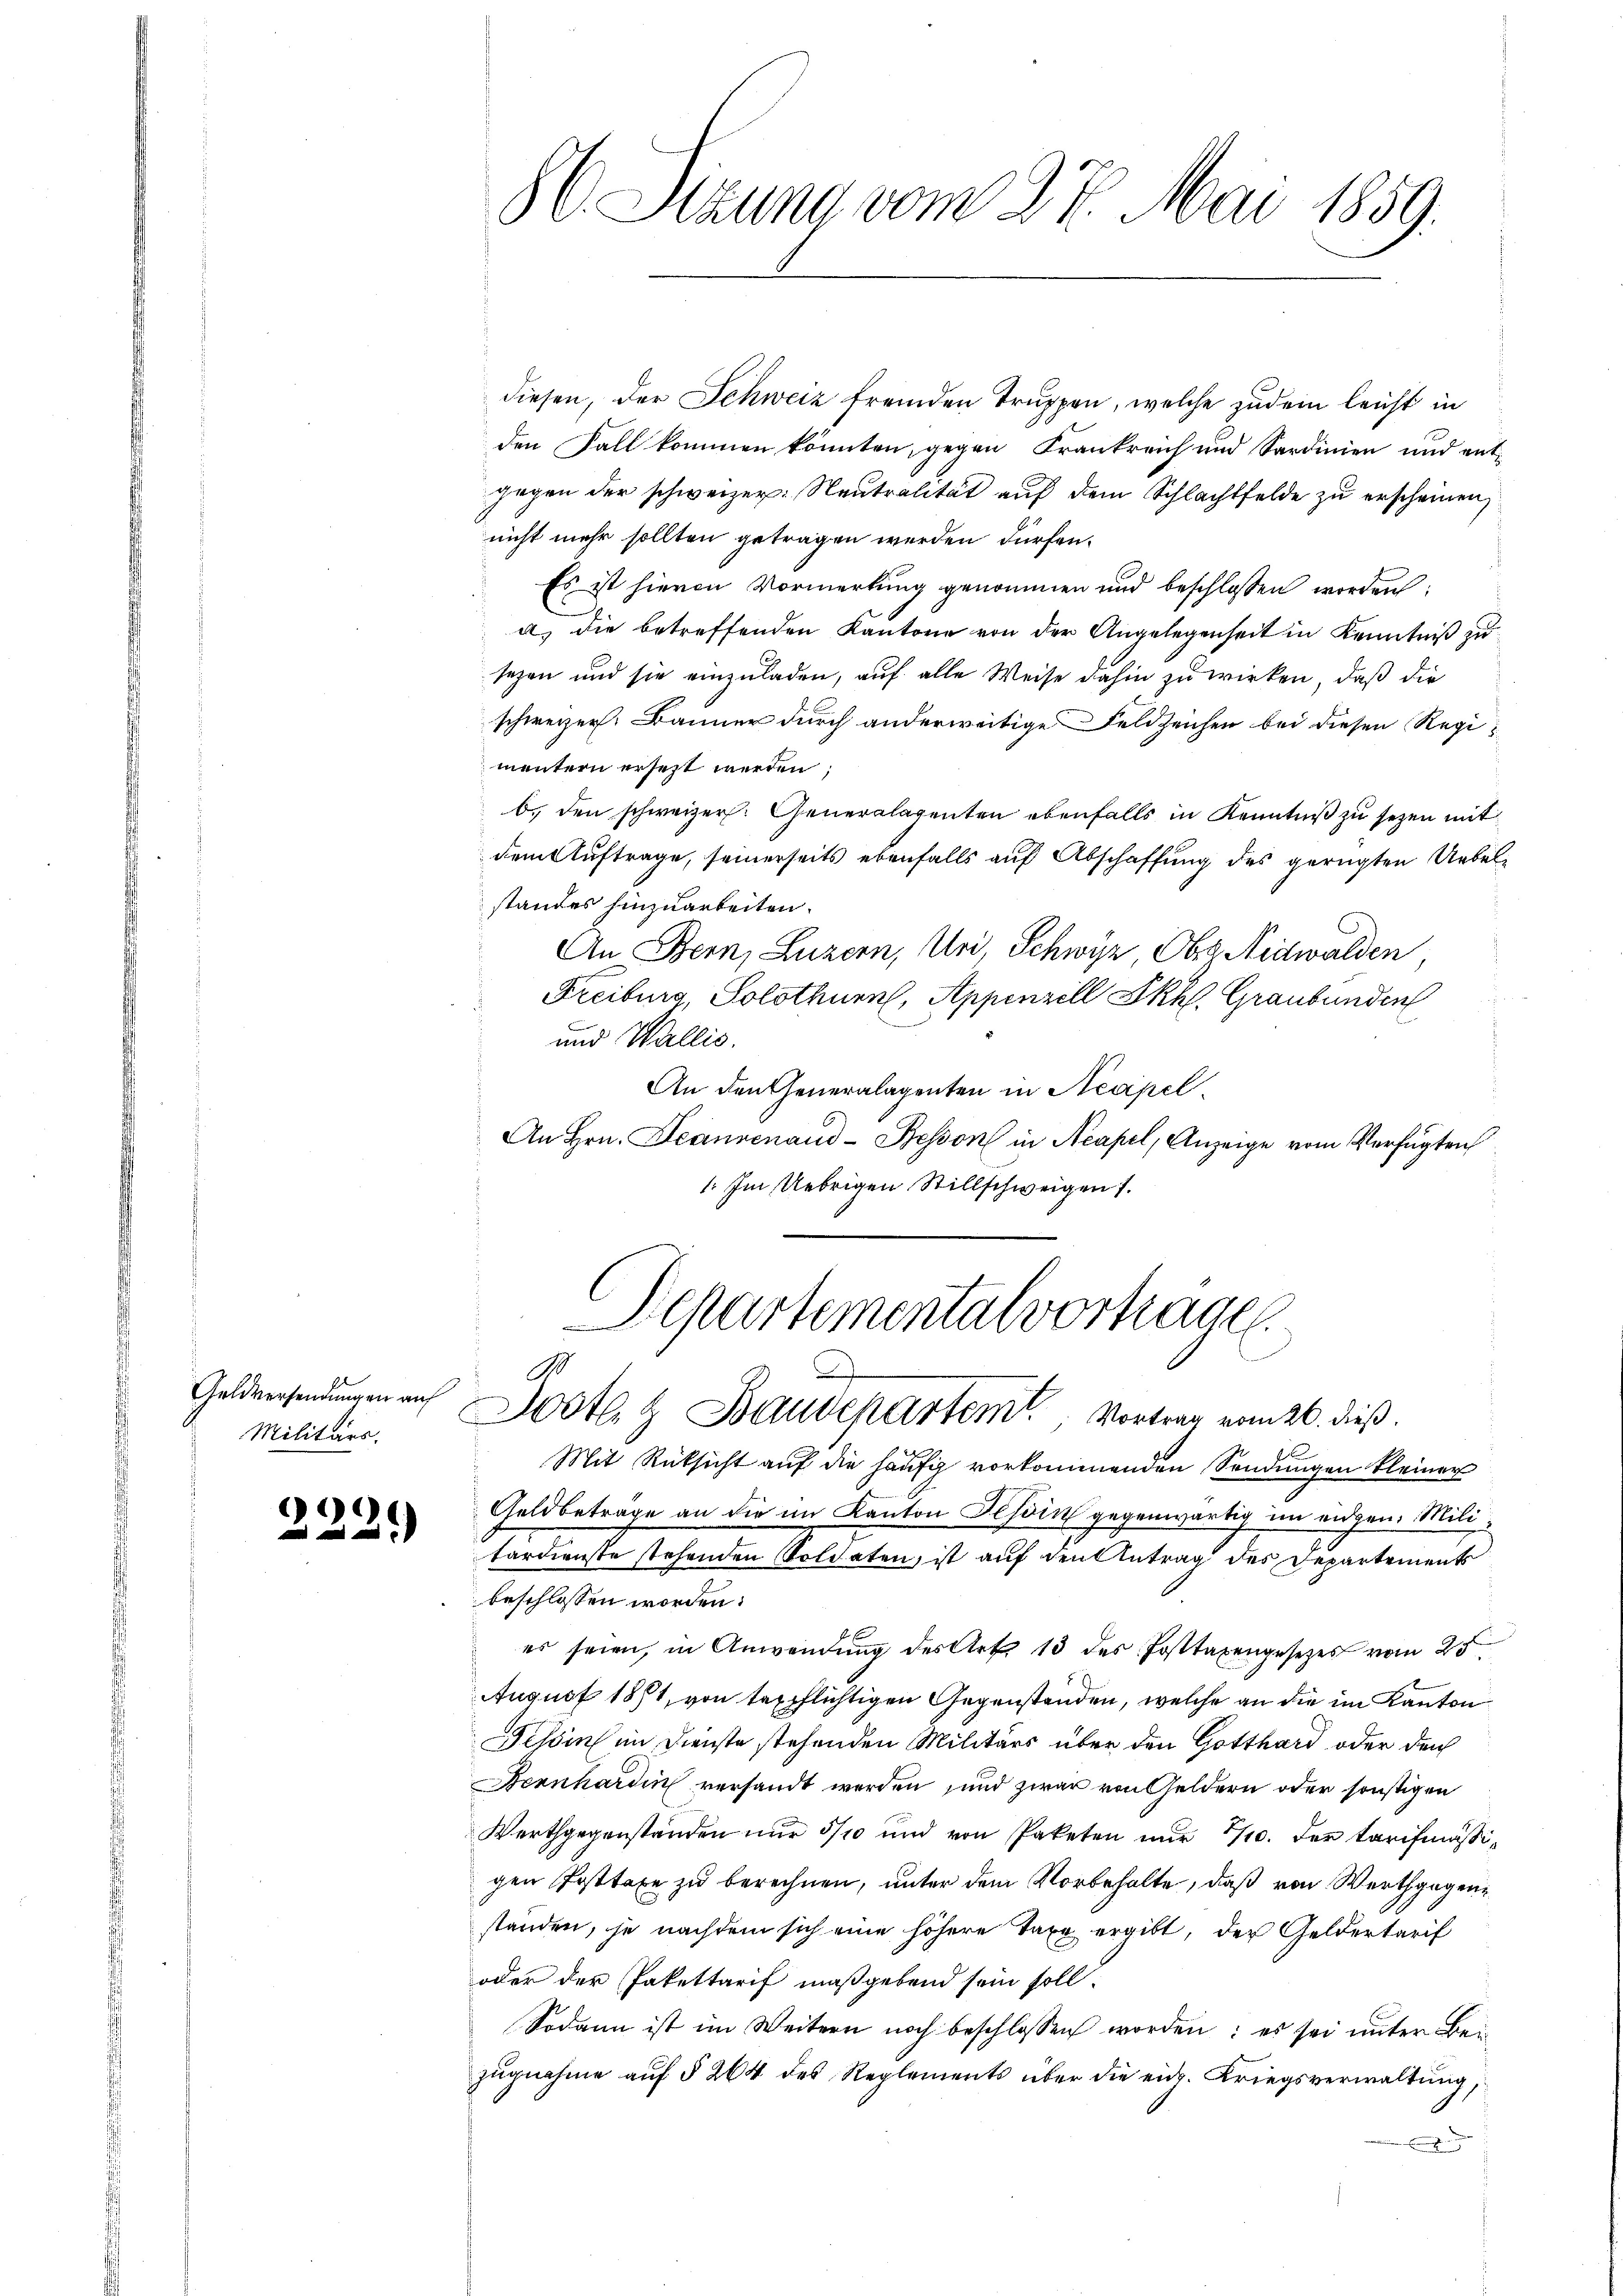
Geldversendungen auf
Militärs.

.

6
d

86 Sezuna vom 27. Mai 1859.

diesen, der Schweiz fremden Truppen, welche zudem leicht in
den Fall kommen könnten, gegen Frankreich und Sardinien und entgegen der schweizer: Neutralität auf dem Schlachtfelde zu erscheinen,
nicht mehr sollten getragen werden dürfen.
Es ist hievon Vormerkung genommen und beschlossen worden:
53
a) die betreffenden Kantone von der Angelegenheit in Kenntniß zu
sezen und sie einzuladen, auf alle Weise dahin zu wirken, daß die
schweizer. Banner durch anderweitige Feldzeichen bei diesen Regimentern ersezt werden;
b. den schweizer. Generalagenten ebenfalls in Kenntniß zu sezen mit
dem Auftrage, seinerseits ebenfalls auf Abschaffung des gerügten Uebelstandes hinzuarbeiten.
An Bern, Luzern, Uri Schwyz, Ober Nidwalden
Freiburg, Solothurn, Appenzell Skh. Graubünden
und Wallis.
An den Generalagenten in Neapel
An Hrn. Jeannenaud-Besson in Neapel, Anzeige vom Verfügten
1. Im Uebrigen Stillschweigen 1.
Departemental vortragen.
9
A
Jostl. & Baudepartem Vortrag vom 26. dieß.
Mit Rüksicht auf die häufig vorkommenden Sendungen kleiner
Geldbetrage an die im Kanton Tessin gegenwärtig im eidgen. Militardienste stehenden Soldaten, ist auf den Antrag des Departement
beschlossen worden.
es seien, in Anwendung des Art. 13 des Posttaxengesetzes vom 25.
August 1871, von texpflichtigen Gegenständen, welche an die im Kanton
Tessin im Dienste stehenden Militärs über den Gotthard oder den
Bernhardin versandt werden und zwar von Geldern oder sonstigen
Werthgegenständen nur 3/10 und von Paketen nur 1/10. der tarifmäßigen Posttaxe zu berechnen, unter dem Vorbehalte, daß von Werthgegenstanden, je nachdem sich eine höhere Taxe ergibt, der Geldertarif
oder der Pakettarif maßgebend sein soll.
Sodann ist im Weitern noch beschlossen worden: es sei unter Beizugnahme auf § 264 des Reglements über die eid. Kriegsverwaltung,